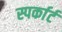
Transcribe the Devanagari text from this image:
स्पर्कार्ट